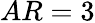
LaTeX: AR=3